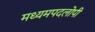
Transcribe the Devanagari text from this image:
मध्यमपदलोपी